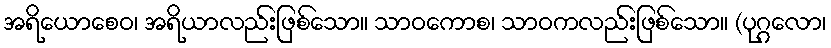
အရိယောစေဝ၊ အရိယာလည်းဖြစ်သော။ သာဝကောစ၊ သာဝကလည်းဖြစ်သော။ (ပုဂ္ဂလော၊